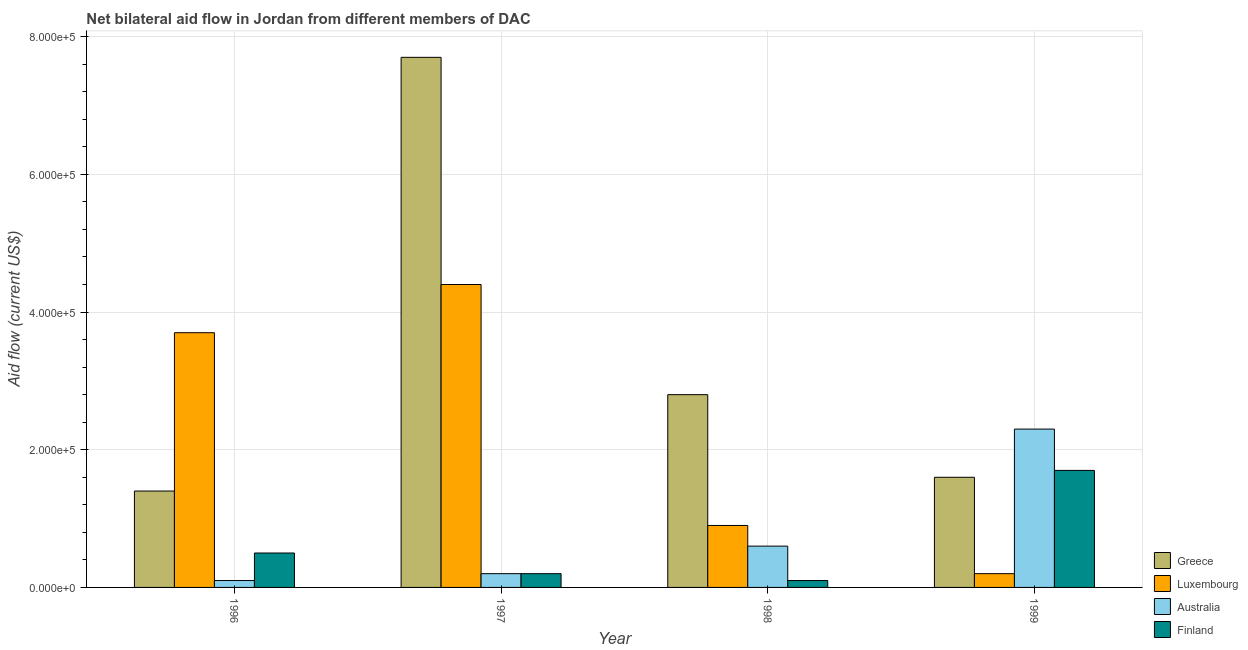
| Year | Greece | Luxembourg | Australia | Finland |
 | --- | --- | --- | --- | --- |
 | 1996 | 1.4e+05 | 3.7e+05 | 1e+04 | 5e+04 |
 | 1997 | 7.7e+05 | 4.4e+05 | 2e+04 | 2e+04 |
 | 1998 | 2.8e+05 | 9e+04 | 6e+04 | 1e+04 |
 | 1999 | 1.6e+05 | 2e+04 | 2.3e+05 | 1.7e+05 |